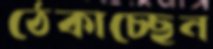
ঠেকাচ্ছেন